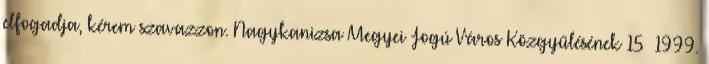
elfogadja, kérem szavazzon. Nagykanizsa Megyei Jogú Város Közgyűlésének 15 1999.